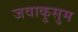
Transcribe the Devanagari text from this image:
जवाकुसुम